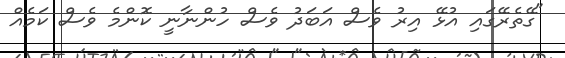
"ގޭތެރޭގައި އުޅޭ އިރު ވެސް އަބަދު ވެސް ހުންނާނީ ކޮންމެ ވެސް ކަމެއް